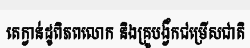
តេក្វាន់ដូពិភពលោក និងគ្រូបង្វឹកជម្រើសជាតិ